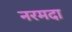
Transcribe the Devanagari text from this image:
नरमदा